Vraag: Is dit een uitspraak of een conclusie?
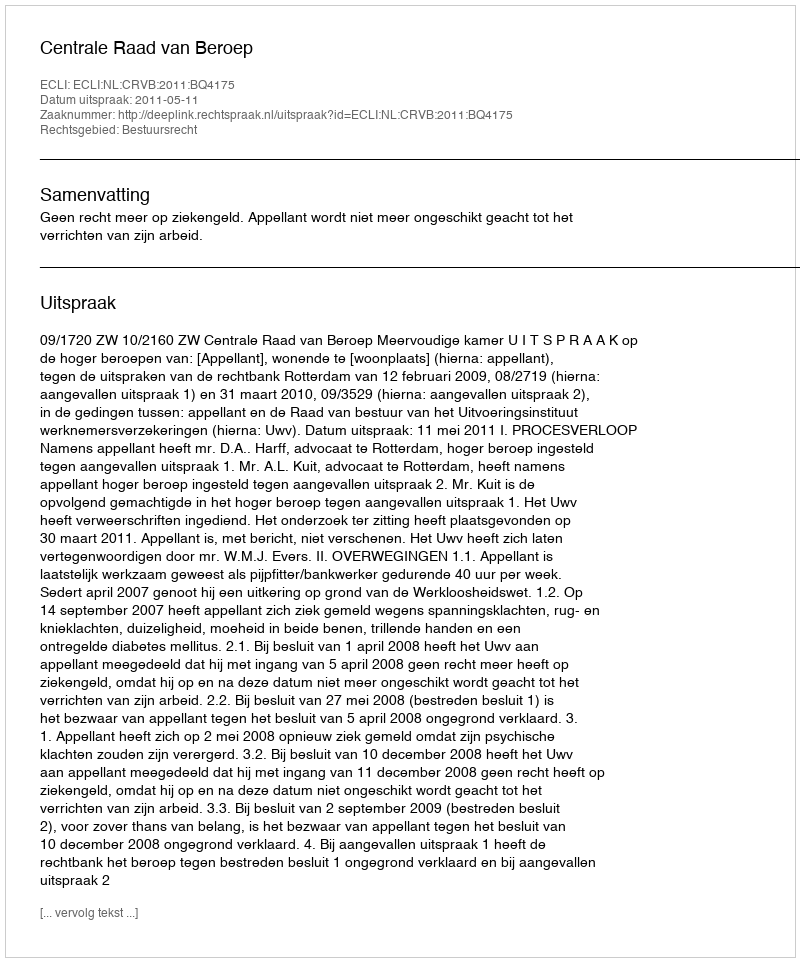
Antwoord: Uitspraak